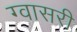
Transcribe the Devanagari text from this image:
ग्वासरी